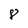
Character: 8